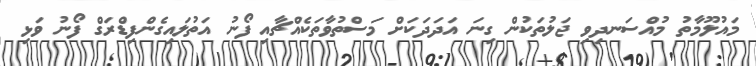
މައުލޫމާތު މުއްސަނދިވި ޖަލުތަކުން ގިނަ އަދަދަކަށް މަސްތުވާތަކެއްޗާއި ފޯނު އަތުލައިގެންފިޑްރަގް ފޯނު ވަޅި